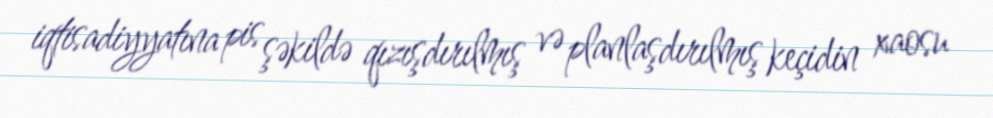
iqtisadiyyatına pis şəkildə qızışdırılmış və planlaşdırılmış keçidin xaosu